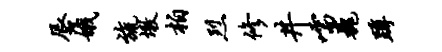
唇娥旒墩柏烈修井嚅巍蹲